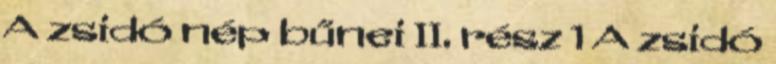
A zsidó nép bűnei II. rész 1 A zsidó